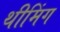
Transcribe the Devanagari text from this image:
थीमिंग